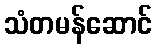
သံတမန်ဆောင်